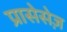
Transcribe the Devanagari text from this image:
प्रासेसेज़